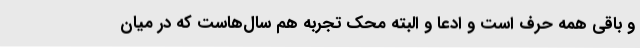
و باقی همه حرف است و ادعا و البته محک تجربه هم سال‌هاست که در میان